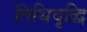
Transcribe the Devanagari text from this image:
तिथिवृद्धि